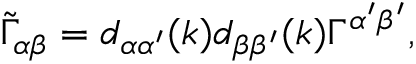
\tilde { \Gamma } _ { \alpha \beta } = d _ { \alpha \alpha ^ { \prime } } ( k ) d _ { \beta \beta ^ { \prime } } ( k ) \Gamma ^ { \alpha ^ { \prime } \beta ^ { \prime } } ,